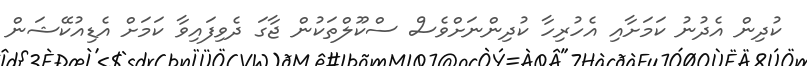
ކުދިން އެދުނު ކަމަށާއި އެހުރިހާ ކުދިންނަށްވެސް ސްކޫލްތަކުން ޖާގަ ދެވިފައިވާ ކަމަށް އެޑިއުކޭޝަން